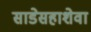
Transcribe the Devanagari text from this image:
साडेसहाशेवा